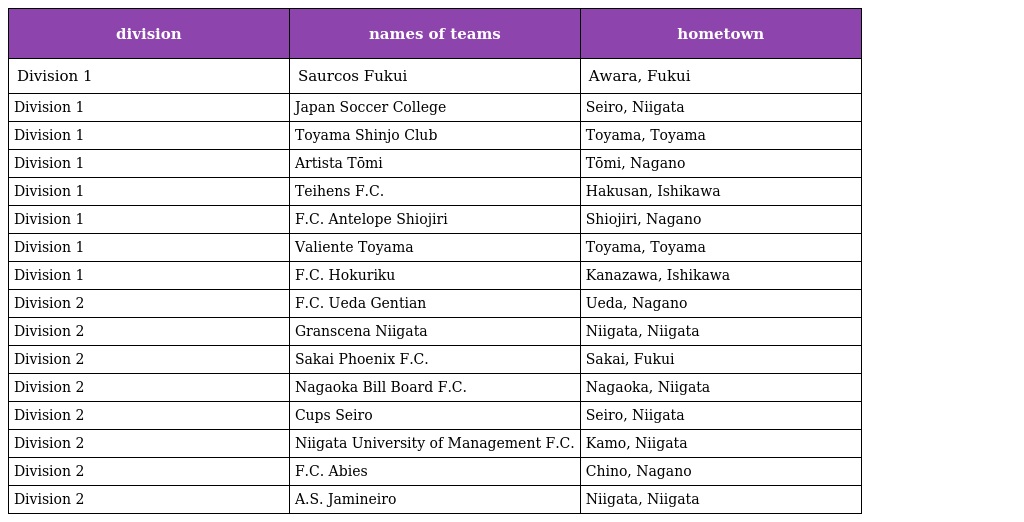
| division | names of teams | hometown |
 | --- | --- | --- |
 | Division 1 | Saurcos Fukui | Awara, Fukui |
 | Division 1 | Japan Soccer College | Seiro, Niigata |
 | Division 1 | Toyama Shinjo Club | Toyama, Toyama |
 | Division 1 | Artista Tōmi | Tōmi, Nagano |
 | Division 1 | Teihens F.C. | Hakusan, Ishikawa |
 | Division 1 | F.C. Antelope Shiojiri | Shiojiri, Nagano |
 | Division 1 | Valiente Toyama | Toyama, Toyama |
 | Division 1 | F.C. Hokuriku | Kanazawa, Ishikawa |
 | Division 2 | F.C. Ueda Gentian | Ueda, Nagano |
 | Division 2 | Granscena Niigata | Niigata, Niigata |
 | Division 2 | Sakai Phoenix F.C. | Sakai, Fukui |
 | Division 2 | Nagaoka Bill Board F.C. | Nagaoka, Niigata |
 | Division 2 | Cups Seiro | Seiro, Niigata |
 | Division 2 | Niigata University of Management F.C. | Kamo, Niigata |
 | Division 2 | F.C. Abies | Chino, Nagano |
 | Division 2 | A.S. Jamineiro | Niigata, Niigata |